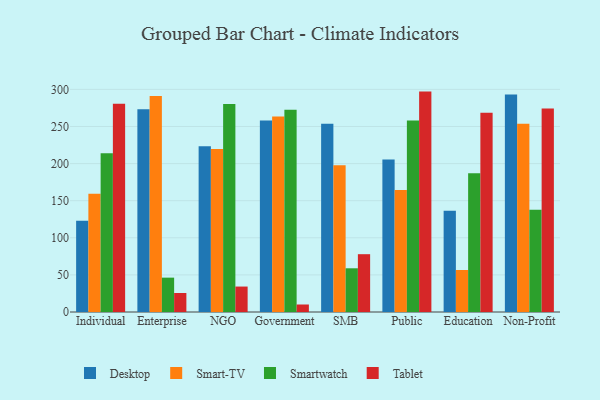
{"axis": {"x": "Segment", "y": "LTV (USD)"}, "legend": ["Desktop", "Smart-TV", "Smartwatch", "Tablet"], "data": [{"x": "Individual", "y": 123.1, "type": "Desktop"}, {"x": "Individual", "y": 159.3, "type": "Smart-TV"}, {"x": "Individual", "y": 214.0, "type": "Smartwatch"}, {"x": "Individual", "y": 280.7, "type": "Tablet"}, {"x": "Enterprise", "y": 273.3, "type": "Desktop"}, {"x": "Enterprise", "y": 291.1, "type": "Smart-TV"}, {"x": "Enterprise", "y": 46.3, "type": "Smartwatch"}, {"x": "Enterprise", "y": 25.6, "type": "Tablet"}, {"x": "NGO", "y": 223.5, "type": "Desktop"}, {"x": "NGO", "y": 219.5, "type": "Smart-TV"}, {"x": "NGO", "y": 280.3, "type": "Smartwatch"}, {"x": "NGO", "y": 34.3, "type": "Tablet"}, {"x": "Government", "y": 257.9, "type": "Desktop"}, {"x": "Government", "y": 263.6, "type": "Smart-TV"}, {"x": "Government", "y": 272.6, "type": "Smartwatch"}, {"x": "Government", "y": 10.1, "type": "Tablet"}, {"x": "SMB", "y": 253.6, "type": "Desktop"}, {"x": "SMB", "y": 197.7, "type": "Smart-TV"}, {"x": "SMB", "y": 58.9, "type": "Smartwatch"}, {"x": "SMB", "y": 77.9, "type": "Tablet"}, {"x": "Public", "y": 205.5, "type": "Desktop"}, {"x": "Public", "y": 164.3, "type": "Smart-TV"}, {"x": "Public", "y": 258.2, "type": "Smartwatch"}, {"x": "Public", "y": 297.0, "type": "Tablet"}, {"x": "Education", "y": 136.4, "type": "Desktop"}, {"x": "Education", "y": 56.6, "type": "Smart-TV"}, {"x": "Education", "y": 187.0, "type": "Smartwatch"}, {"x": "Education", "y": 268.5, "type": "Tablet"}, {"x": "Non-Profit", "y": 293.1, "type": "Desktop"}, {"x": "Non-Profit", "y": 253.6, "type": "Smart-TV"}, {"x": "Non-Profit", "y": 137.8, "type": "Smartwatch"}, {"x": "Non-Profit", "y": 274.2, "type": "Tablet"}]}